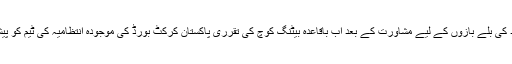
حال ہی میں آئی سی سی ورلڈ ٹی ٹوئنٹی کے دوران جاوید میانداد کی بلے بازوں کے لیے مشاورت کے بعد اب باقاعدہ بیٹنگ کوچ کی تقرری پاکستان کرکٹ بورڈ کی موجودہ انتظامیہ کی ٹیم کو پیشہ ورانہ انداز میں لے کر آگے چلنے کی پالیسی کی عکاس ہے۔